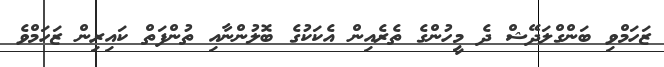
ޒަހަމްވި ބަންގްލަދޭޝް ދެ މީހުންގެ ތެރެއިން އެކަކުގެ ބޮލުންނާއި ތުންފަތް ކައިރިން ޒަހަމްވެ